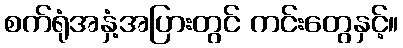
စက်ရုံအနှံ့အပြားတွင် ကင်းတွေနှင့်။